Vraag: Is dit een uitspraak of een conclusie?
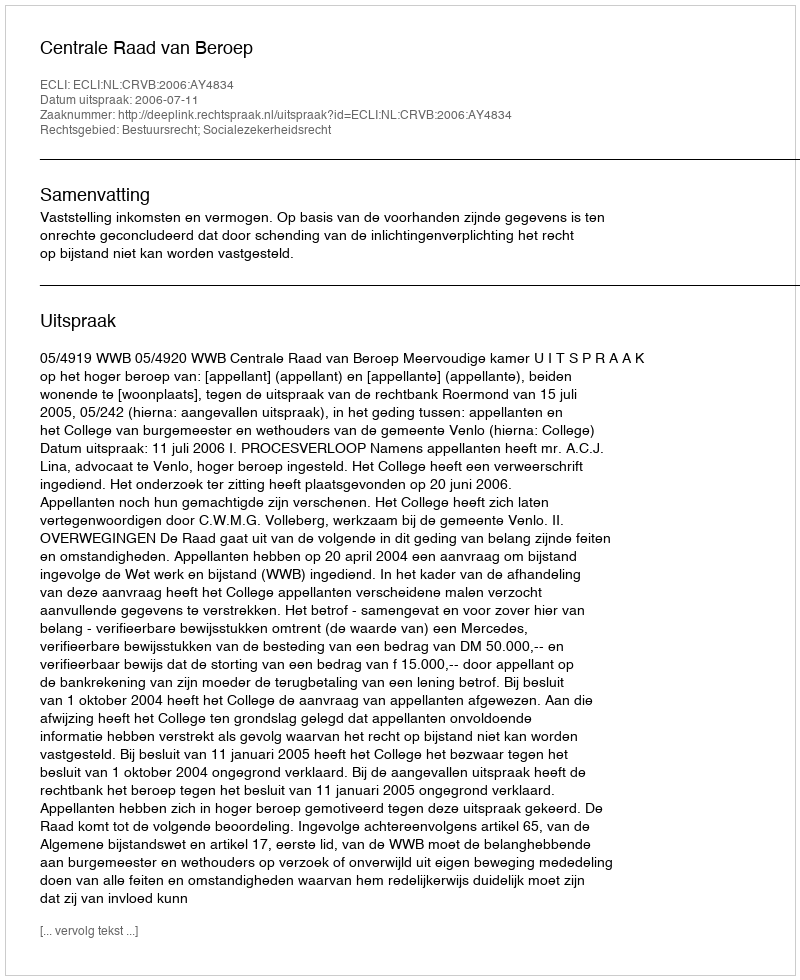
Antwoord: Uitspraak